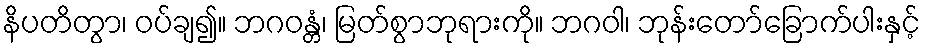
နိပတိတွာ၊ ဝပ်ချ၍။ ဘဂဝန္တံ၊ မြတ်စွာဘုရားကို။ ဘဂဝါ၊ ဘုန်းတော်ခြောက်ပါးနှင့်